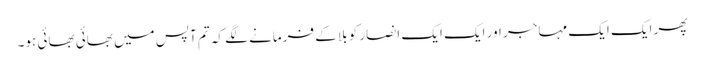
پھر ایک ایک مہاجر اور ایک ایک انصار کو بلا کے فرمانے لگے کہ تم آپس میں بھائی بھائی ہو۔